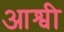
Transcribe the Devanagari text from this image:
आश्वी